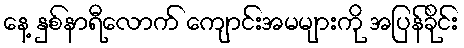
နေ့ နှစ်နာရီလောက် ကျောင်းအမများကို အပြန်ခိုင်း